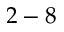
2 - 8